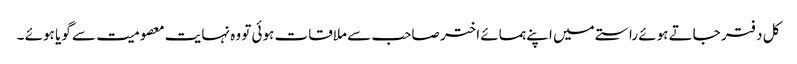
کل دفتر جاتے ہوئے راستے میں اپنے ہمسائے اختر صاحب سے ملاقات ہوئی تو وہ نہایت معصومیت سے گویا ہوئے ۔